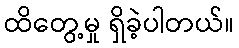
ထိတွေ့မှု ရှိခဲ့ပါတယ်။